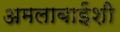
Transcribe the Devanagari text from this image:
अमलाबाईंशी